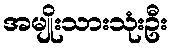
အမျိုးသားသုံးဦး